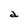
Character: a